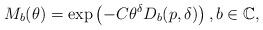
LaTeX: \begin{align*}M_b(\theta)=\exp\left(-C\theta^\delta D_b(p,\delta) \right),b\in\mathbb{C},\end{align*}